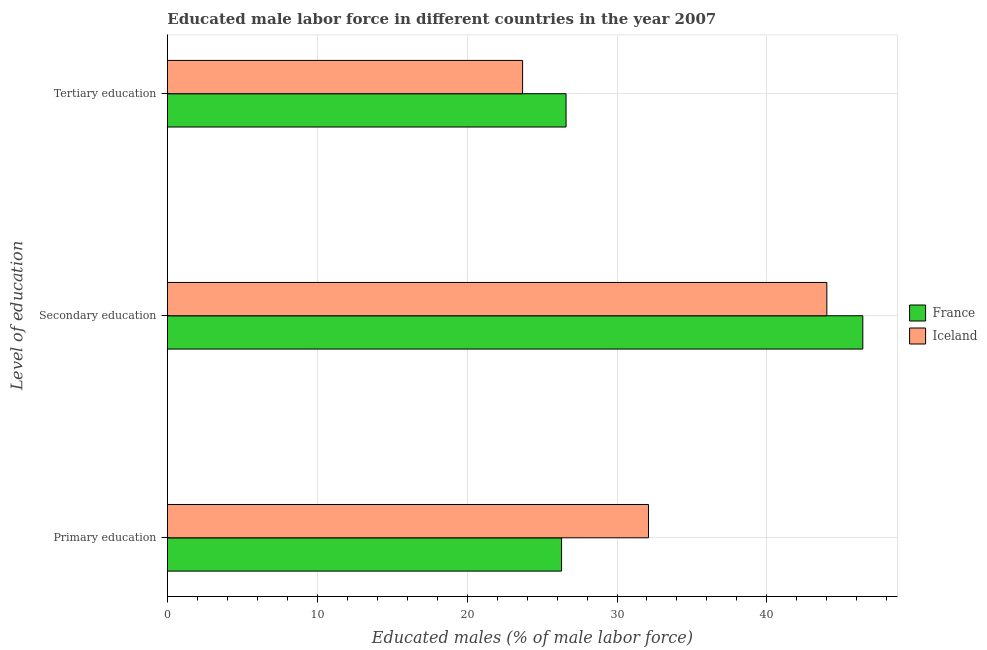
| Level of education | France | Iceland |
 | --- | --- | --- |
 | Primary education | 26.3 | 32.1 |
 | Secondary education | 46.4 | 44 |
 | Tertiary education | 26.6 | 23.7 |